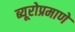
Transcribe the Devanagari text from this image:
ब्यूरोप्रमाणे